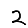
Digit: 2